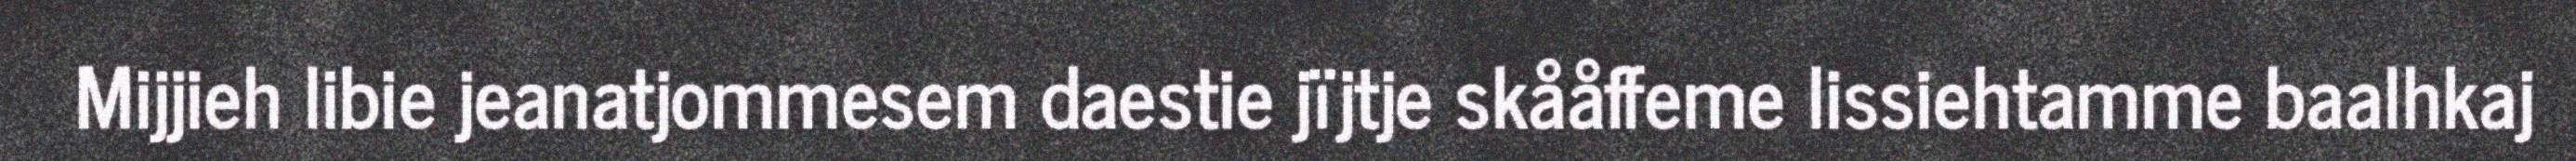
Mijjieh libie jeanatjommesem daestie jïjtje skååffeme lissiehtamme baalhkaj